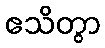
ဧသိတွာ